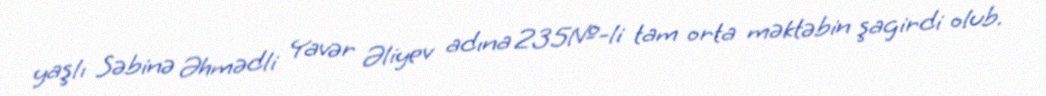
yaşlı Səbinə Əhmədli Yavər Əliyev adına 235№-li tam orta məktəbin şagirdi olub.